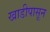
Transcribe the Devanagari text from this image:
खाडीपासून